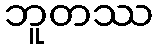
ဘူတဿ